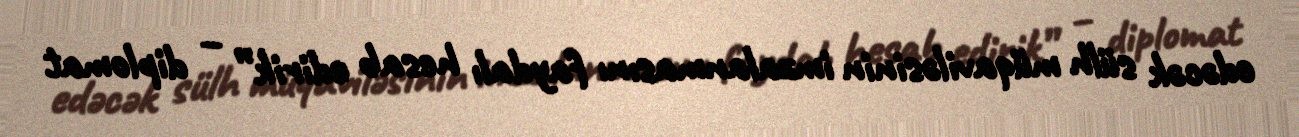
edəcək sülh müqaviləsinin imzalanmasını faydalı hesab edirik” – diplomat